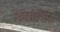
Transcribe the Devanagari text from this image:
फेलोशिप्स